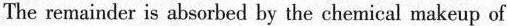
The remainder is absorbed by the chemical makeup of